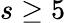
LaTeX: s\ge 5